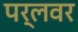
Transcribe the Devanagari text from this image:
पर्लवर